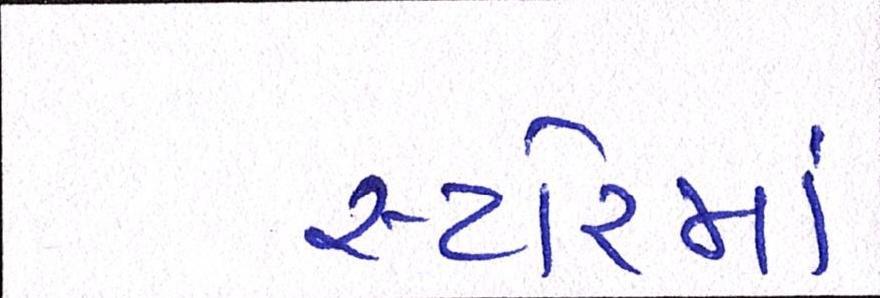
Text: સ્ટોરમાં